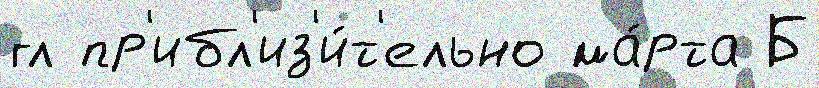
гл пр'ибл'из'и́т'ельно ма́рта Б